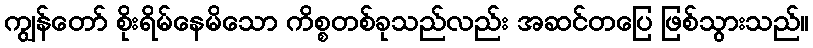
ကျွန်တော် စိုးရိမ်နေမိသော ကိစ္စတစ်ခုသည်လည်း အဆင်တပြေ ဖြစ်သွားသည်။